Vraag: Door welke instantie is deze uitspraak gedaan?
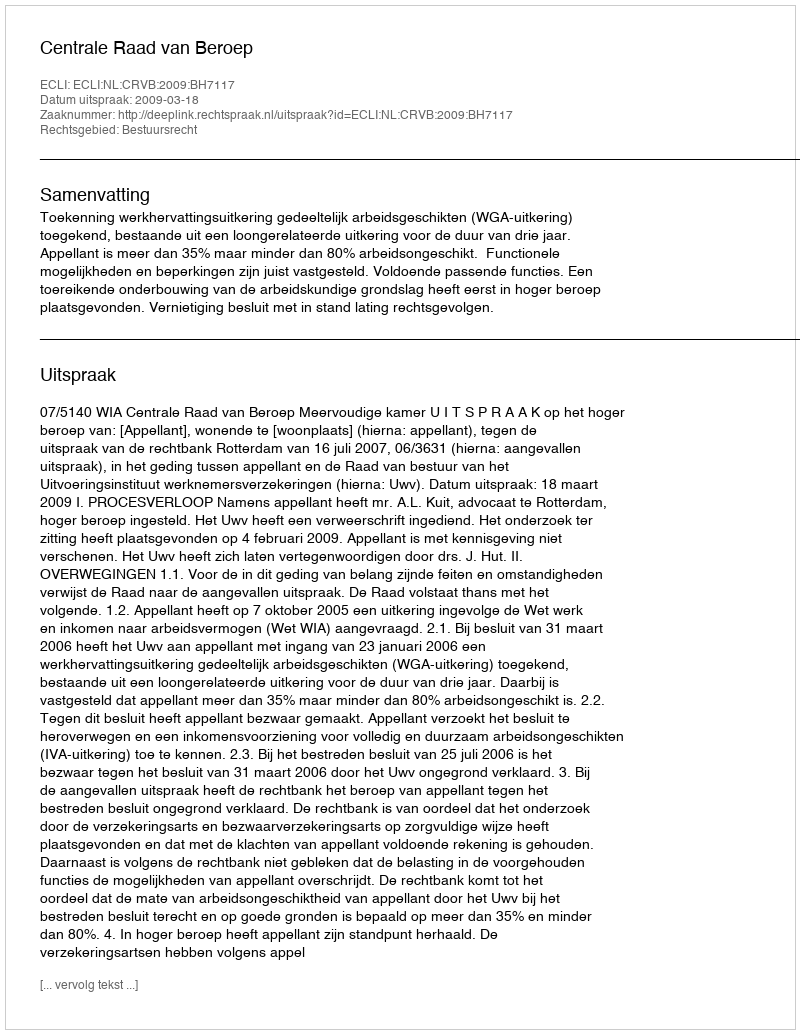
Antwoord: Centrale Raad van Beroep